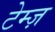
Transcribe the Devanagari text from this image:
टेम्ज़